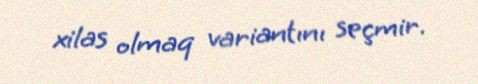
xilas olmaq variantını seçmir.